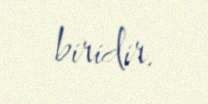
biridir.